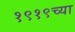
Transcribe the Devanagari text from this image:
१९१९च्या